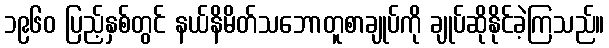
၁၉၆၀ ပြည့်နှစ်တွင် နယ်နိမိတ်သဘောတူစာချုပ်ကို ချုပ်ဆိုနိုင်ခဲ့ကြသည်။